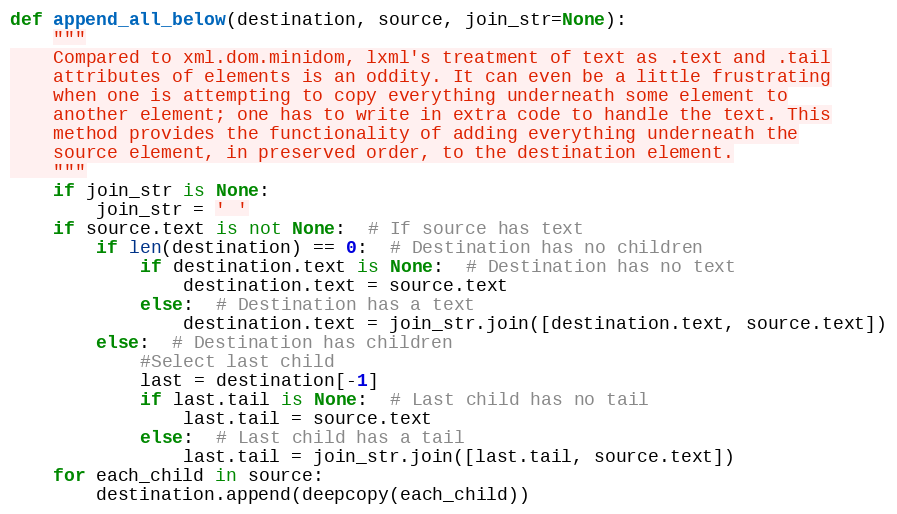
Language: Python
def append_all_below(destination, source, join_str=None):
    """
    Compared to xml.dom.minidom, lxml's treatment of text as .text and .tail
    attributes of elements is an oddity. It can even be a little frustrating
    when one is attempting to copy everything underneath some element to
    another element; one has to write in extra code to handle the text. This
    method provides the functionality of adding everything underneath the
    source element, in preserved order, to the destination element.
    """
    if join_str is None:
        join_str = ' '
    if source.text is not None:  # If source has text
        if len(destination) == 0:  # Destination has no children
            if destination.text is None:  # Destination has no text
                destination.text = source.text
            else:  # Destination has a text
                destination.text = join_str.join([destination.text, source.text])
        else:  # Destination has children
            #Select last child
            last = destination[-1]
            if last.tail is None:  # Last child has no tail
                last.tail = source.text
            else:  # Last child has a tail
                last.tail = join_str.join([last.tail, source.text])
    for each_child in source:
        destination.append(deepcopy(each_child))